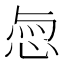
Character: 𢚎